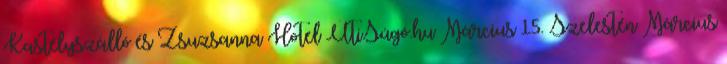
Kastélyszálló és Zsuzsanna Hotel ÚtiSúgó.hu Március 15. Szelestén Március